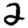
Digit: 2